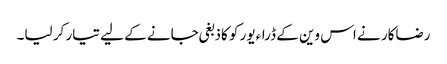
رضاکار نے اس وین کے ڈراءیور کو کاذبغی جانے کے لیے تیار کر لیا۔